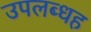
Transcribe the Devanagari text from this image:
उपलब्धह